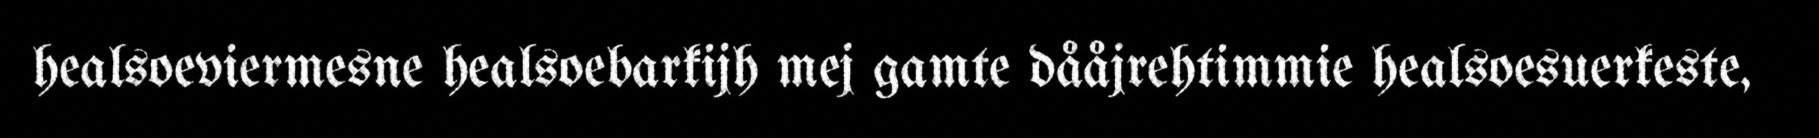
healsoeviermesne healsoebarkijh mej gamte dååjrehtimmie healsoesuerkeste,